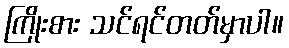
ကြိုးစား သင်ရင်တတ်မှာပါ။